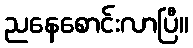
ညနေစောင်းလာပြီ။